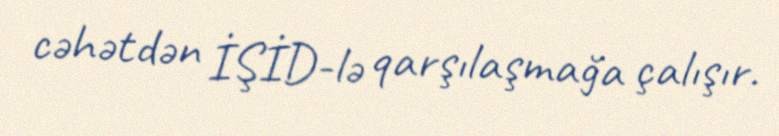
cəhətdən İŞİD-lə qarşılaşmağa çalışır.